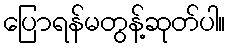
ပြောရန်မတွန့်ဆုတ်ပါ။